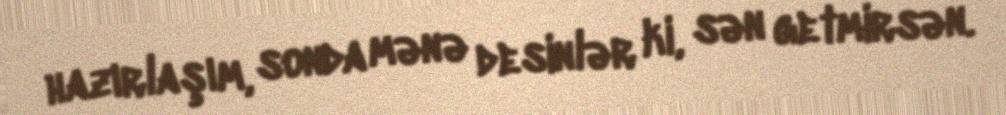
hazırlaşım, sonda mənə desinlər ki, sən getmirsən.